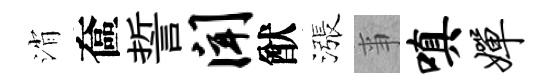
消奩誓闻猷漲亊嗔婵